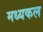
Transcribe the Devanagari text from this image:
मध्यकल